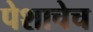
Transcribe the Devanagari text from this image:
पेशाचेच